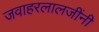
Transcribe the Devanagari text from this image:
जवाहरलालजींनी